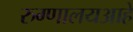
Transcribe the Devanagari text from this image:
रुग्णालयआहे